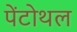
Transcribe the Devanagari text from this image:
पेंटोथल